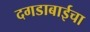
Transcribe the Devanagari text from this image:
दगडाबाईचा